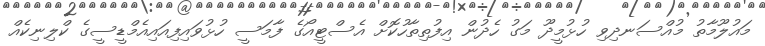
މައުލޫމާތު މުއްސަނދިވި ހުޅުމީދޫ މަގު ހެދުން އިފުތިތާހުކޮށް އެސްޓީއޯގެ ފާމަސީ ހުޅުވައިފިއައިއެމްޑީސީގެ ކްލިނިކެއް